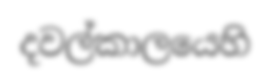
දවල්කාලයෙහි